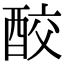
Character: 𨠦